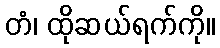
တံ၊ ထိုဆယ်ရက်ကို။